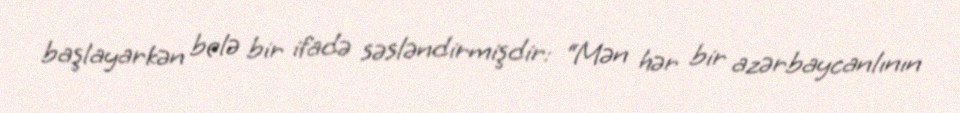
başlayarkən belə bir ifadə səsləndirmişdir: “Mən hər bir azərbaycanlının